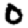
Digit: 0